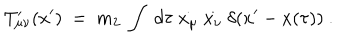
LaTeX: T _ { \mu \nu } ^ { \prime } ( x ^ { \prime } ) ~ = ~ m _ { 2 } ~ \int ~ d \tau ~ \dot { x _ { \mu } } ~ \dot { x _ { \nu } } ~ \delta ( x ^ { \prime } - x ( \tau ) ) ~ .